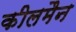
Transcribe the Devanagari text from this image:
कीलमैन